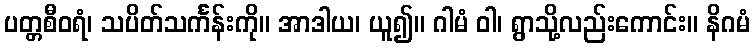
ပတ္တစီဝရံ၊ သပိတ်သင်္ကန်းကို။ အာဒါယ၊ ယူ၍။ ဂါမံ ဝါ၊ ရွာသို့လည်းကောင်း။ နိဂမံ